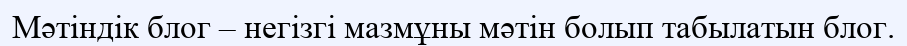
Мәтіндік блог – негізгі мазмұны мәтін болып табылатын блог.